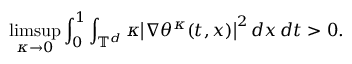
\operatorname* { l i m s u p } _ { \kappa \to 0 } \int _ { 0 } ^ { 1 } \int _ { \ensuremath { \mathbb { T } } ^ { d } } \kappa \bigl | \nabla \theta ^ { \kappa } ( t , x ) \bigr | ^ { 2 } \, d x \, d t > 0 .